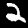
Label: 2